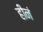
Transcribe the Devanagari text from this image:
हीनं